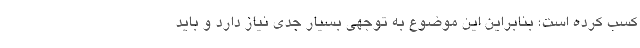
کسب کرده است؛ بنابراین این موضوع به توجهی بسیار جدی نیاز دارد و باید